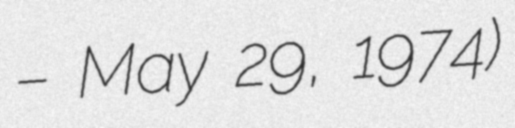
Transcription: – May 29, 1974)